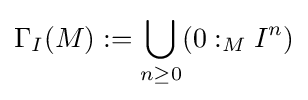
\Gamma _{I}(M):=\bigcup _{n\geq 0}(0:_{M}I^{n})